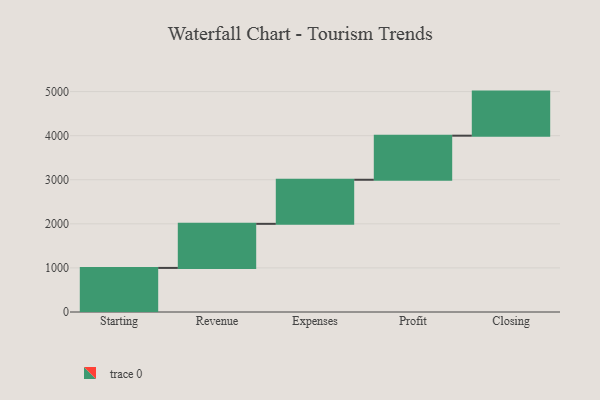
{"axis": {"x": "Step", "y": "Value"}, "legend": [""], "data": [{"x": "Starting", "y": 1000, "type": ""}, {"x": "Revenue", "y": 1000, "type": ""}, {"x": "Expenses", "y": 1000, "type": ""}, {"x": "Profit", "y": 1000, "type": ""}, {"x": "Closing", "y": 1000, "type": ""}]}